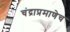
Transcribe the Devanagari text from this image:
चंद्राप्रमाणेच